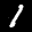
Label: 1